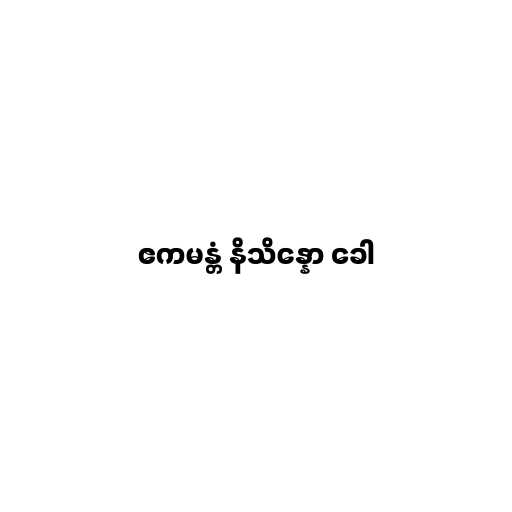
ဧကမန္တံ နိသိန္နော ခေါ